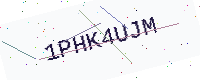
Text: 1PHK4UJM